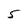
Character: 5